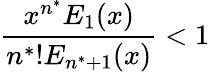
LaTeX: \frac{x^{n^{*}}E_{1}(x)}{n^{*}!E_{n^{*}+1}(x)}<1